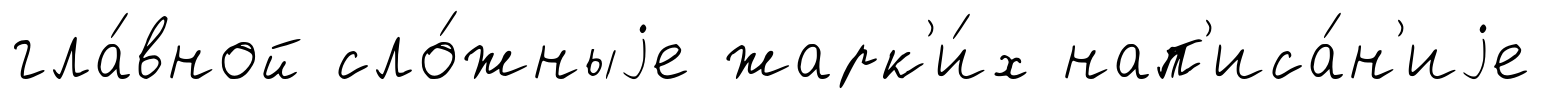
гла́вной сло́жныjе жарк'и́х нап'иса́н'иjе